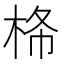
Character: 𰗠